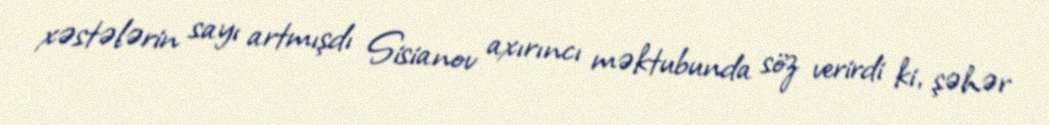
xəstələrin sayı artmışdı Sisianov axırıncı məktubunda söz verirdi ki, şəhər